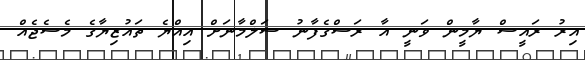
އިރު ރައީސް ޔާމީން ވަނީ އާ ރަސްގެފާނު ސަލްމާނަށް އިއްޔެ ތައުޒިޔާގެ މެސެޖެއް